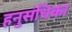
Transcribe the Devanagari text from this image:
हनुसंधिका